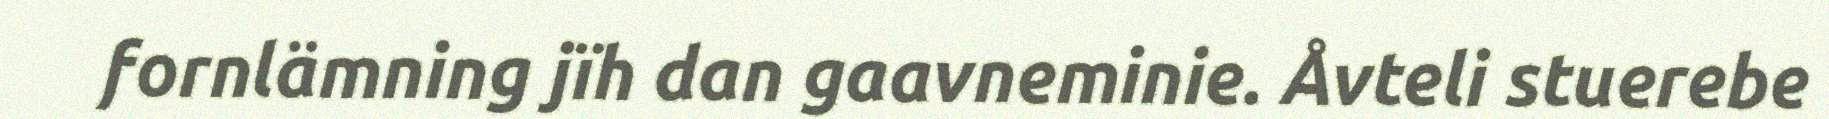
fornlämning jïh dan gaavneminie. Åvteli stuerebe